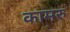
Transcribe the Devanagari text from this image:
कामरु